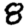
Digit: 8